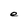
Character: e